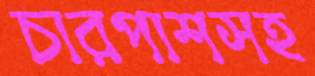
চারপাশসহ